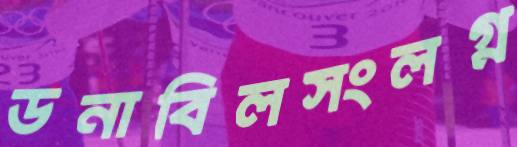
ডনাবিলসংলগ্ন